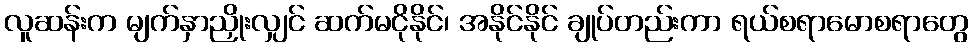
လူဆန်းက မျက်နှာညှိုးလျှင် ဆက်မငိုနိုင်၊ အနိုင်နိုင် ချုပ်တည်းကာ ရယ်စရာမောစရာတွေ